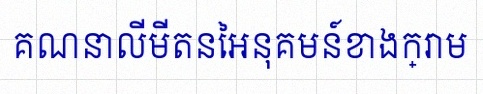
គណនាលីមីតនៃអនុគមន៍ខាងក្រោម